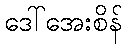
ဒေါ်အေးစိန်